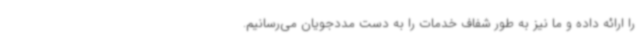
را ارائه داده و ما نیز به طور شفاف خدمات را به دست مددجویان می‌رسانیم.